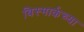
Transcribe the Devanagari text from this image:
बिस्मार्कच्या